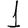
Digit: 1